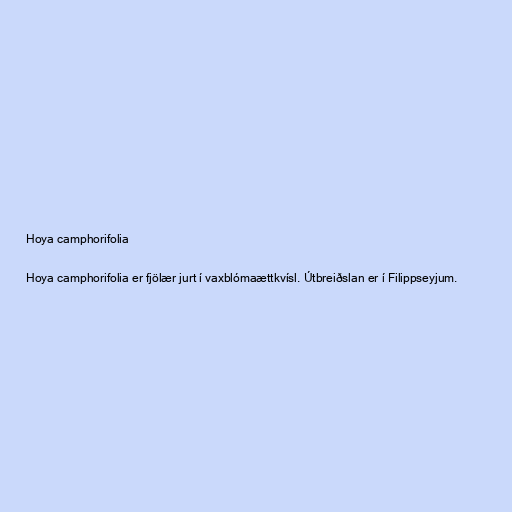
Hoya camphorifolia

Hoya camphorifolia er fjölær jurt í vaxblómaættkvísl. Útbreiðslan er í Filippseyjum.